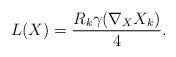
LaTeX: \begin{align*}L(X)=\frac{R_k\gamma(\nabla_XX_k)}{4}.\end{align*}